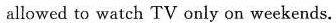
allowed to watch TV only on weekends.